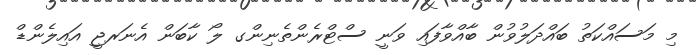
މި މަސައްކަތު ބައްދަލުވުން ބާއްވާފައި ވަނީ ސްޓްރެންތެނިންގ ލޯ ކާބަން އެނަރޖީ އައިލެންޑް